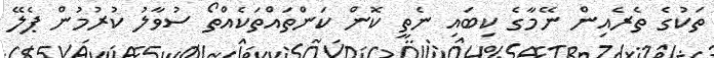
ތަކުގެ ތެރެއިން ނޭމާގެ ކިބައި ނެތީ ކޮން ކަންތައްތަކެއްތޯ ސުވާލު ކުރުމުން ޕެލޭ